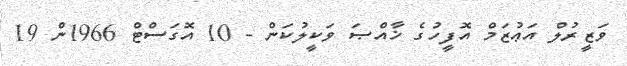
ވަޒީރުލް އަޢުޒަމް އޮފީހުގެ ޚާއްޞަ ވަކީލުކަން - 10 އޮގަސްޓް 1966ން 19